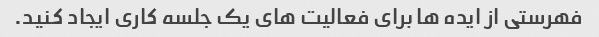
فهرستی از ایده ها برای فعالیت های یک جلسه کاری ایجاد کنید.